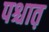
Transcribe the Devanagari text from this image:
पश्चात़